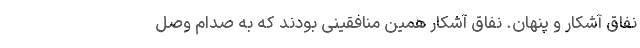
نفاق آشکار و پنهان. نفاق آشکار همین منافقینی بودند که به صدام وصل